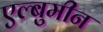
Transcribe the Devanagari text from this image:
एल्बुमीन